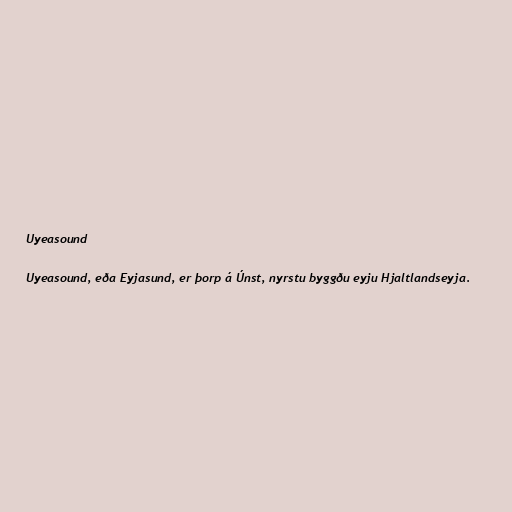
Uyeasound

Uyeasound, eða Eyjasund, er þorp á Únst, nyrstu byggðu eyju Hjaltlandseyja.